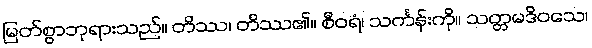
မြတ်စွာဘုရားသည်။ တိဿ၊ တိဿ၏။ စီဝရံ၊ သင်္ကန်းကို။ သတ္တမဒိဝသေ၊